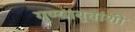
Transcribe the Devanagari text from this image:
गुण्याबुवांशी